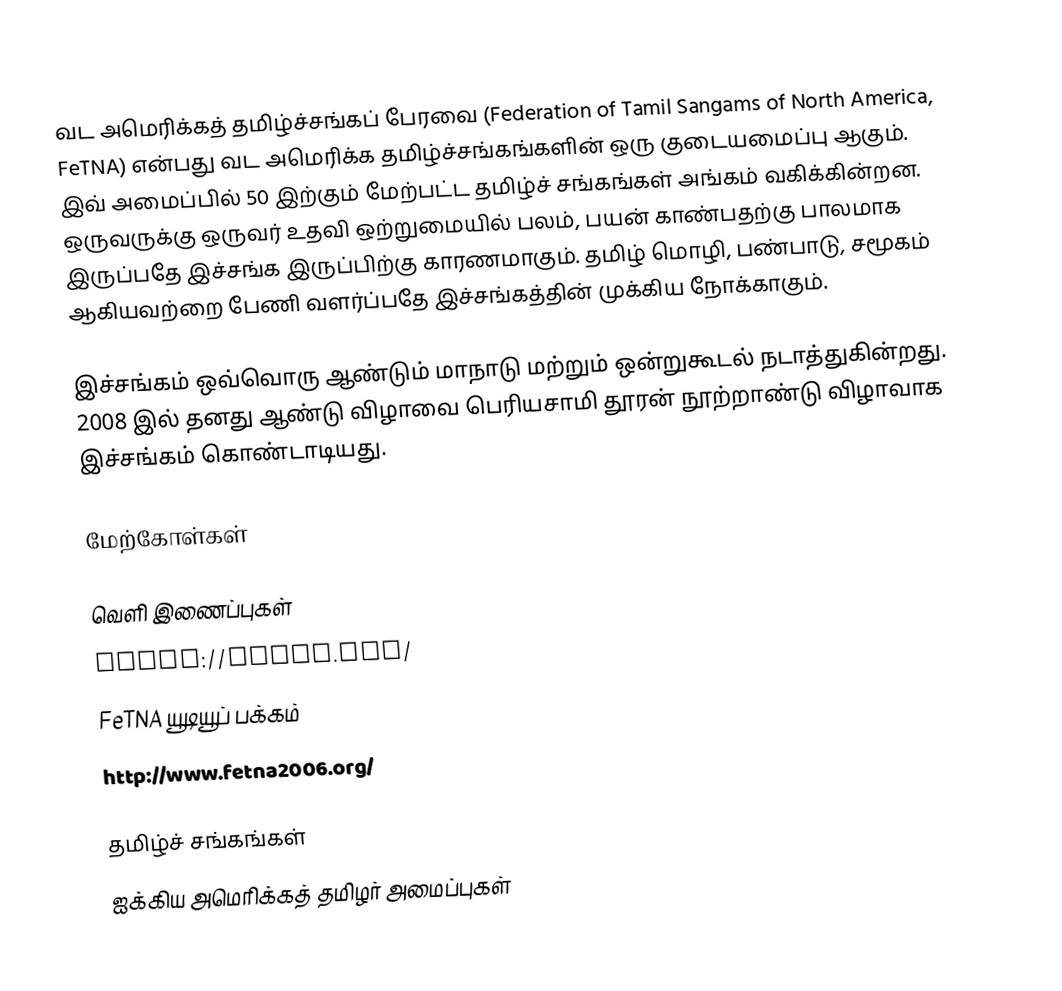
வட அமெரிக்கத் தமிழ்ச்சங்கப் பேரவை (Federation of Tamil Sangams of North America, FeTNA) என்பது வட அமெரிக்க தமிழ்ச்சங்கங்களின் ஒரு குடையமைப்பு ஆகும். இவ் அமைப்பில் 50 இற்கும் மேற்பட்ட தமிழ்ச் சங்கங்கள் அங்கம் வகிக்கின்றன. ஒருவருக்கு ஒருவர் உதவி ஒற்றுமையில் பலம், பயன் காண்பதற்கு பாலமாக இருப்பதே இச்சங்க இருப்பிற்கு காரணமாகும். தமிழ் மொழி, பண்பாடு, சமூகம் ஆகியவற்றை பேணி வளர்ப்பதே இச்சங்கத்தின் முக்கிய நோக்காகும்.

இச்சங்கம் ஒவ்வொரு ஆண்டும் மாநாடு மற்றும் ஒன்றுகூடல் நடாத்துகின்றது. 2008 இல் தனது ஆண்டு விழாவை பெரியசாமி தூரன் நூற்றாண்டு விழாவாக இச்சங்கம் கொண்டாடியது.

மேற்கோள்கள்

வெளி இணைப்புகள்
 https://fetna.org/
 FeTNA யூடியூப் பக்கம்
 http://www.fetna2006.org/

தமிழ்ச் சங்கங்கள்
ஐக்கிய அமெரிக்கத் தமிழர் அமைப்புகள்